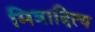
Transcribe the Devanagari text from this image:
मित्रादित्य